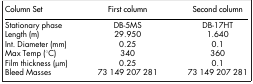
| Column Set | First column | Second column |
 | --- | --- | --- |
 | Stationary phase | DB-5MS | DB-17HT |
 | Length (m) | 29.950 | 1.640 |
 | Int. Diameter (mm) | 0.25 | 0.1 |
 | Max Temp (°C) | 340 | 360 |
 | Film thickness (μm) | 0.25 | 0.1 |
 | Bleed Masses | 73 149 207 281 | 73 149 207 281 |